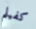
كفيلم